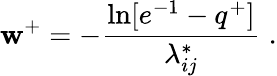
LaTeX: \mathbf{w}^{+}=-\frac{{\ln[e^{-1}-q^{+}]}}{{\lambda_{ij}^{*}}}\; .